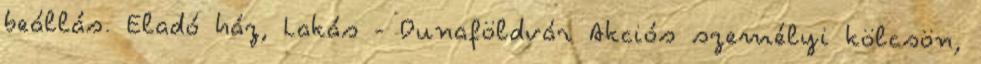
beállás. Eladó ház, Lakás - Dunaföldvár Akciós személyi kölcsön,